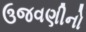
ઉજવણીનો